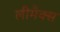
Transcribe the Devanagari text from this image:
लीमैक्स